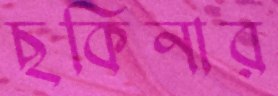
ছকিনার